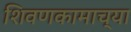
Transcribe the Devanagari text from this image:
शिवणकामाच्या